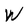
Character: W